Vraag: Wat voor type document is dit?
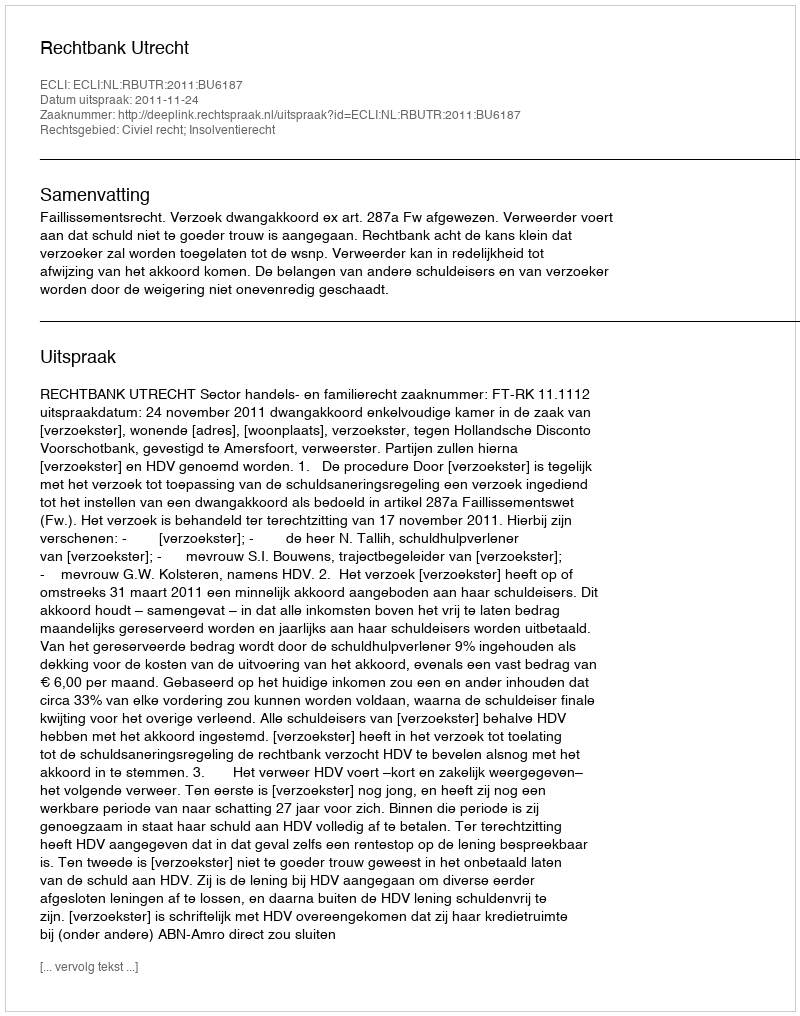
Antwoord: Uitspraak